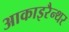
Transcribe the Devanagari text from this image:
आकाइरैन्थर